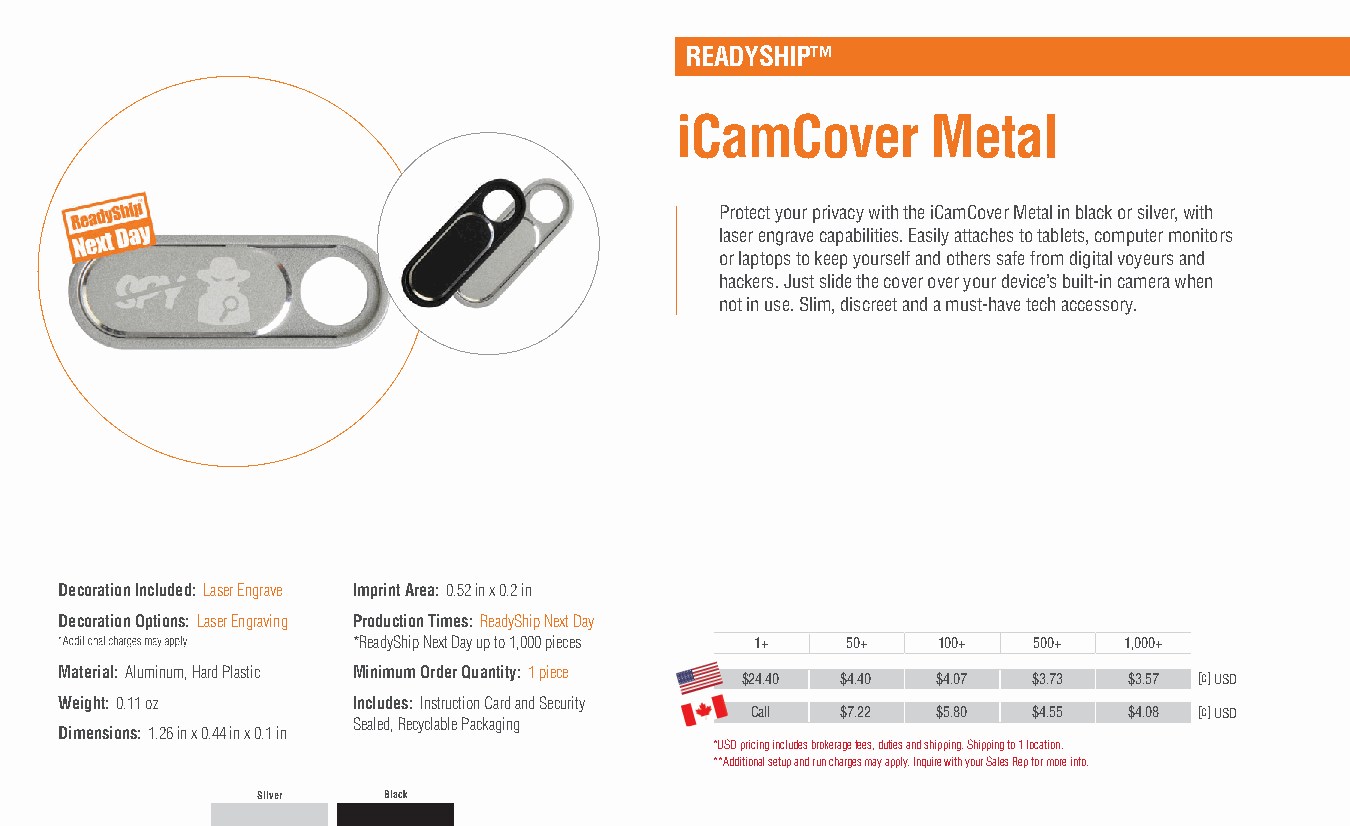
READYSHIP™
 iCamCover        Metal
 Protect your privacy with the iCamCover Metal in black or silver, with
 laser engrave capabilities. Easily attaches to tablets, computer monitors
 or laptops to keep yourself and others safe from digital voyeurs and
 hackers. Just slide the cover over your device’s built-in camera when
 not in use. Slim, discreet and a must-have tech accessory.
 Decoration Included: Laser Engrave Imprint Area: 0.52 in x 0.2 in
 Decoration Options: Laser Engraving Production Times: ReadyShip Next Day
 *ReadyShip Next Day up to 1,000 pieces 1+ 50+ 100+ 500+ 1,000+
 Material: Aluminum, Hard Plastic Minimum Order Quantity: 1 piece
 $24.40 $4.40 $4.07 $3.73  $3.57 [c] USD
 Weight: 0.11 oz    Includes: Instruction Card and Security
 Call  $7.22 $5.80 $4.55  $4.08 [c] USD
 Sealed, Recyclable Packaging
 Dimensions: 1.26 in x 0.44 in x 0.1 in
 *USD pricing includes brokerage fees, duties and shipping. Shipping to 1 location.
 **Additional setup and run charges may apply. Inquire with your Sales Rep for more info.
 Silver  Black